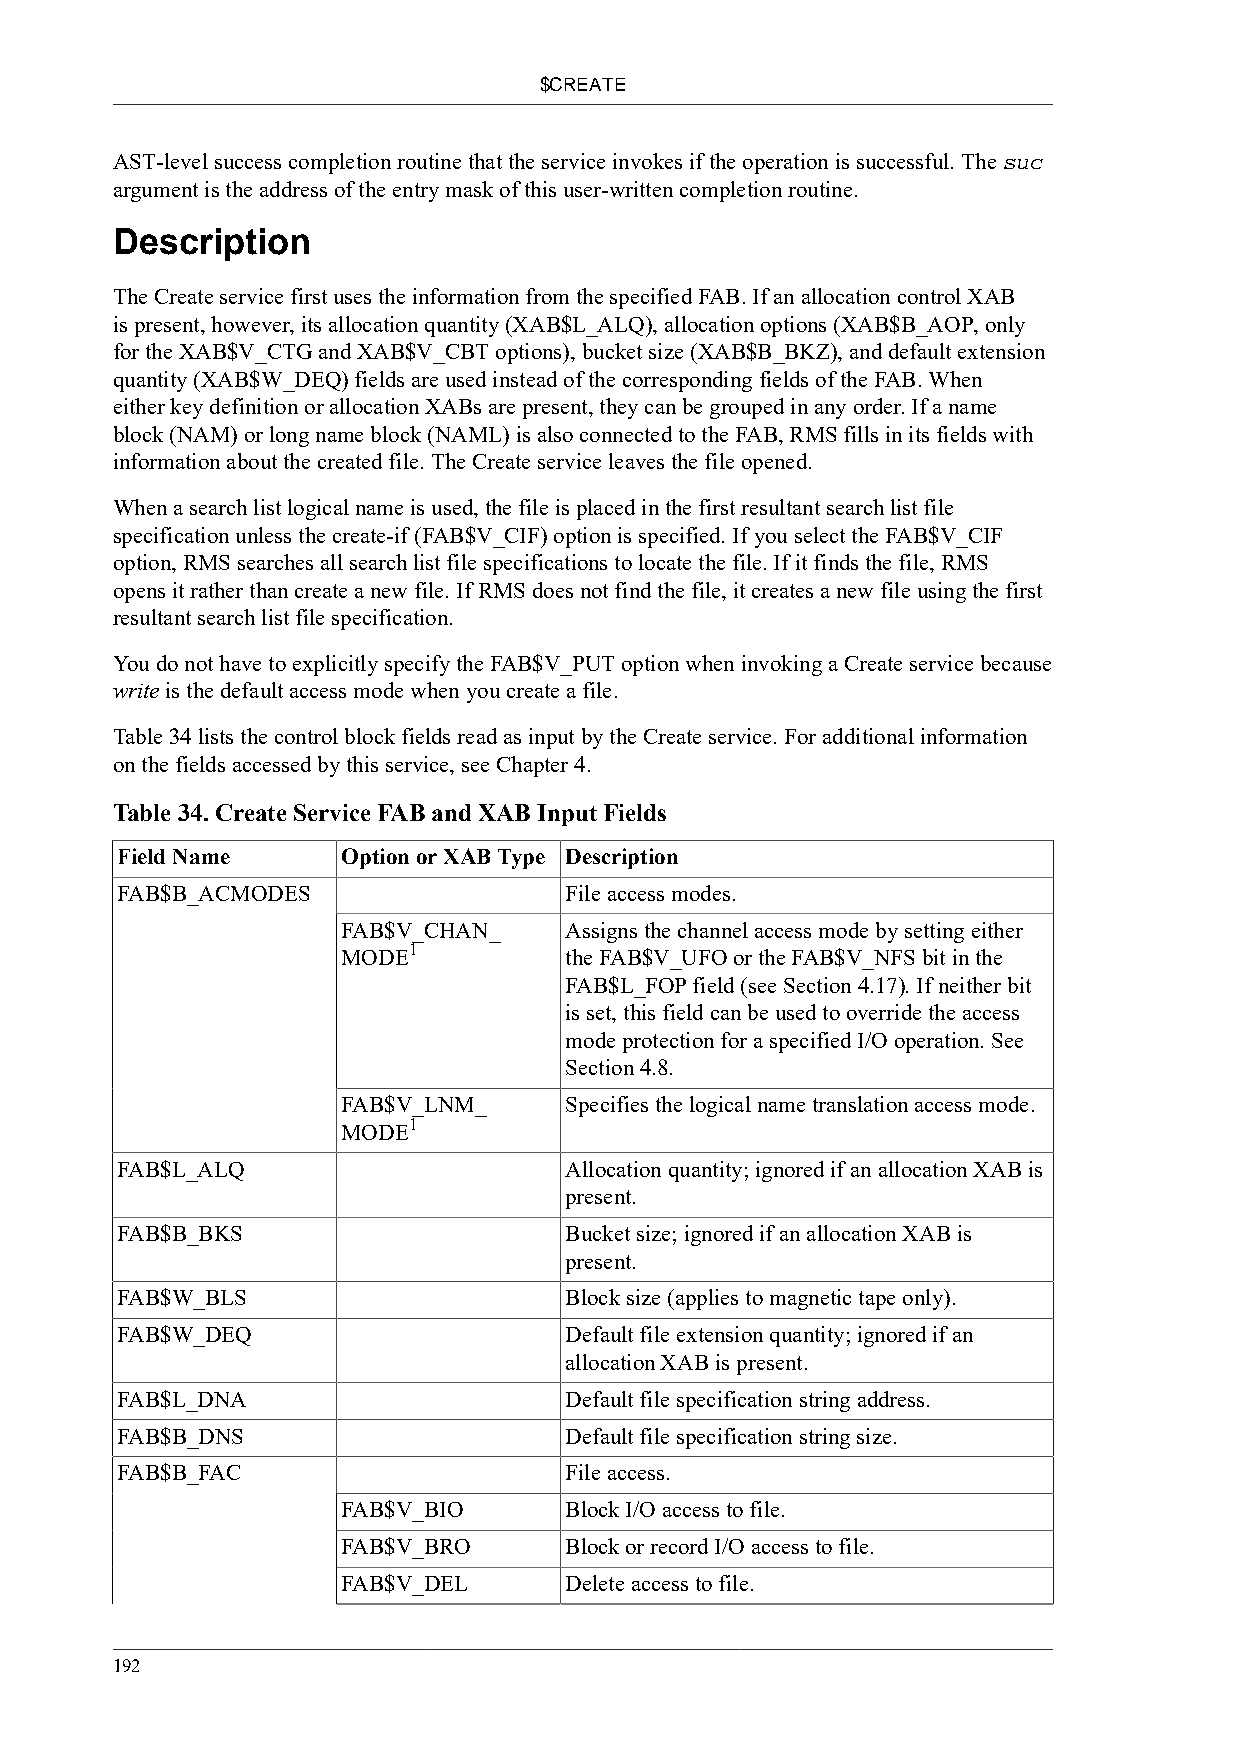
$CREATE
 AST-level success completion routine that the service invokes if the operation is successful. The suc
 argument is the address of the entry mask of this user-written completion routine.
 Description
 The Create service first uses the information from the specified FAB. If an allocation control XAB
 is present, however, its allocation quantity (XAB$L_ALQ), allocation options (XAB$B_AOP, only
 for the XAB$V_CTG and XAB$V_CBT options), bucket size (XAB$B_BKZ), and default extension
 quantity (XAB$W_DEQ) fields are used instead of the corresponding fields of the FAB. When
 either key definition or allocation XABs are present, they can be grouped in any order. If a name
 block (NAM) or long name block (NAML) is also connected to the FAB, RMS fills in its fields with
 information about the created file. The Create service leaves the file opened.
 When a search list logical name is used, the file is placed in the first resultant search list file
 specification unless the create-if (FAB$V_CIF) option is specified. If you select the FAB$V_CIF
 option, RMS searches all search list file specifications to locate the file. If it finds the file, RMS
 opens it rather than create a new file. If RMS does not find the file, it creates a new file using the first
 resultant search list file specification.
 You do not have to explicitly specify the FAB$V_PUT option when invoking a Create service because
 write is the default access mode when you create a file.
 Table 34 lists the control block fields read as input by the Create service. For additional information
 on the fields accessed by this service, see Chapter 4.
 Table 34. Create Service FAB and XAB Input Fields
 Field Name     Option or XAB Type Description
 FAB$B_ACMODES                File access modes.
 FAB$V_CHAN_   Assigns the channel access mode by setting either
 1
 MODE          the FAB$V_UFO or the FAB$V_NFS bit in the
 FAB$L_FOP field (see Section 4.17). If neither bit
 is set, this field can be used to override the access
 mode protection for a specified I/O operation. See
 Section 4.8.
 FAB$V_LNM_    Specifies the logical name translation access mode.
 1
 MODE
 FAB$L_ALQ                    Allocation quantity; ignored if an allocation XAB is
 present.
 FAB$B_BKS                    Bucket size; ignored if an allocation XAB is
 present.
 FAB$W_BLS                    Block size (applies to magnetic tape only).
 FAB$W_DEQ                    Default file extension quantity; ignored if an
 allocation XAB is present.
 FAB$L_DNA                    Default file specification string address.
 FAB$B_DNS                    Default file specification string size.
 FAB$B_FAC                    File access.
 FAB$V_BIO     Block I/O access to file.
 FAB$V_BRO     Block or record I/O access to file.
 FAB$V_DEL     Delete access to file.
 192